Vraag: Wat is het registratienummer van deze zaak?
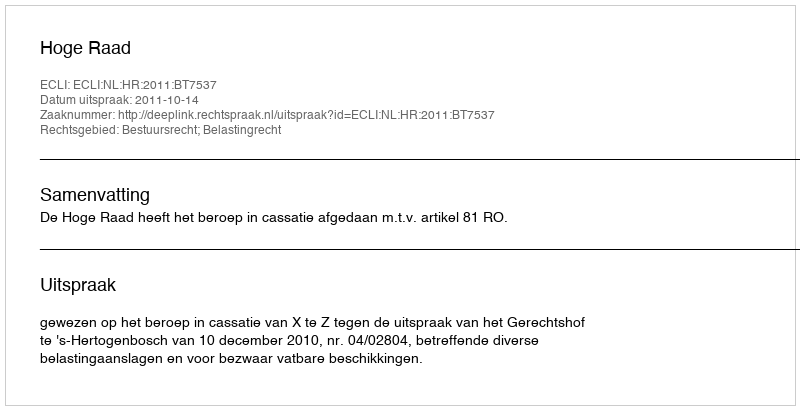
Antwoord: http://deeplink.rechtspraak.nl/uitspraak?id=ECLI:NL:HR:2011:BT7537